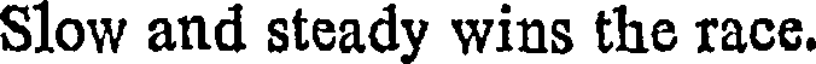
Slow and steady wins the race.